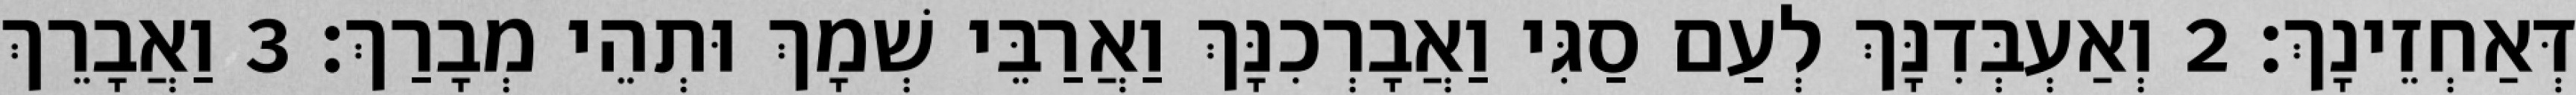
דְּאַחְזֵינָךְ׃ 2 וְאַעְבְּדִנָּךְ לְעַם סַגִּי וַאֲבָרְכִנָּךְ וַאֲרַבֵּי שְׁמָךְ וּתְהֵי מְבָרַךְ׃ 3 וַאֲבָרֵךְ